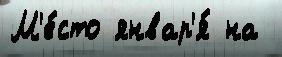
М'е́сто январ'я́ на